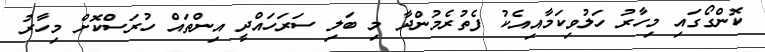
ކޮންގޯގައި މިހާރު ހަލުވިކަމާއިއެކު ފެތުރެމުންދާ މި ބަލި ސަރަހައްދީ އިންތައް ހުރަސްކޮށް މިހާރު